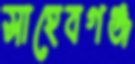
সাহেবগঞ্জ